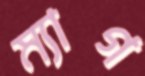
ম্যাগ